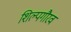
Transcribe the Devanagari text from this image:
शिल्पगौरव